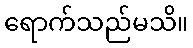
ရောက်သည်မသိ။